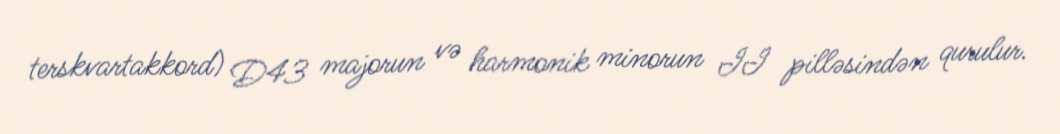
terskvartakkord) D43 majorun və harmonik minorun II pilləsindən qurulur.